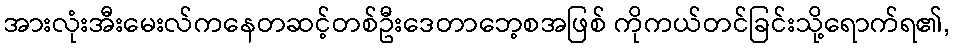
အားလုံးအီးမေးလ်ကနေတဆင့်တစ်ဦးဒေတာဘေ့စအဖြစ် ကိုကယ်တင်ခြင်းသို့ရောက်ရ၏,